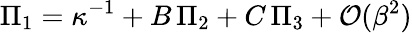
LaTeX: \Pi_{1}=\kappa^{-1}+B\, \Pi_{2}+C\, \Pi_{3}+\mathcal{O}(\beta^{2})